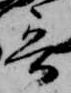
哥